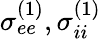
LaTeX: \sigma_{ee}^{(1)},\sigma_{ii}^{(1)}